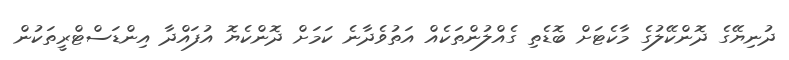
ދުނިޔޭގެ ދޮންކޭލުގެ މާކެޓަށް ބޮޑެތި ގެއްލުންތަކެއް އަތުވެދާނެ ކަމަށް ދޮންކެޔޮ އުފައްދާ އިންޑަސްޓްރީތަކުން